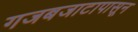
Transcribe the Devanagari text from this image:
गजबजाटापासून